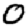
Digit: 0